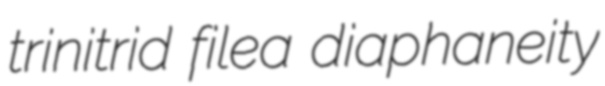
trinitrid filea diaphaneity